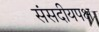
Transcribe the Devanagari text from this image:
संसदीयपक्ष